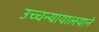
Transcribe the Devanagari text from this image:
उच्चन्यायालयाने